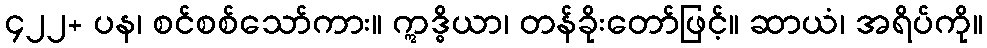
၄၂၂+ ပန၊ စင်စစ်သော်ကား။ ဣဒ္ဓိယာ၊ တန်ခိုးတော်ဖြင့်။ ဆာယံ၊ အရိပ်ကို။